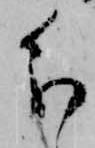
分